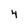
Character: 4